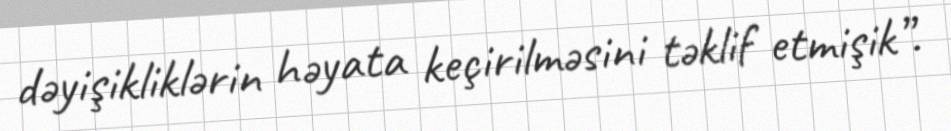
dəyişikliklərin həyata keçirilməsini təklif etmişik”.